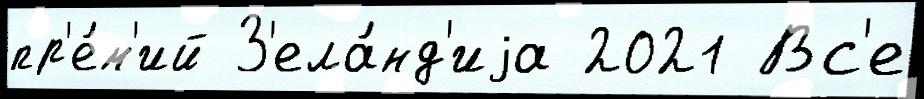
пр'е́м'ий З'ела́нд'иjа 2021 Вс'е